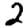
Digit: 2